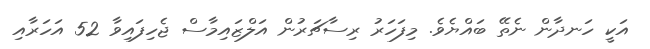
އަކީ ހަނދާން ނެތޭ ބައްޔެވެ. މިފަހަރު ރިސާޗަރުން އަލްޒައިމާސް ޖެހިފައިވާ 52 އަހަރާއި